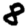
Digit: 8